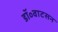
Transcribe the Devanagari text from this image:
डॉ॰वाटसन